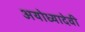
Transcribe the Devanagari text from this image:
अयोध्यादेवी